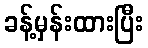
ခန့်မှန်းထားပြီး